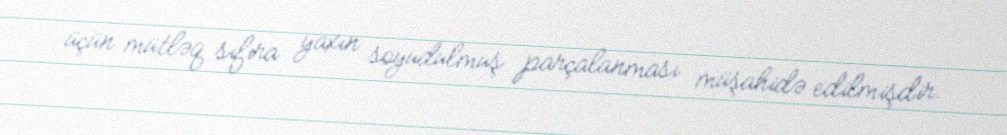
üçün mütləq sıfıra yaxın soyudulmuş parçalanması müşahidə edilmişdir.